Annual report of the Central Committee of the Association together with the report of the directors of the Pasteur Institute at Kasauli
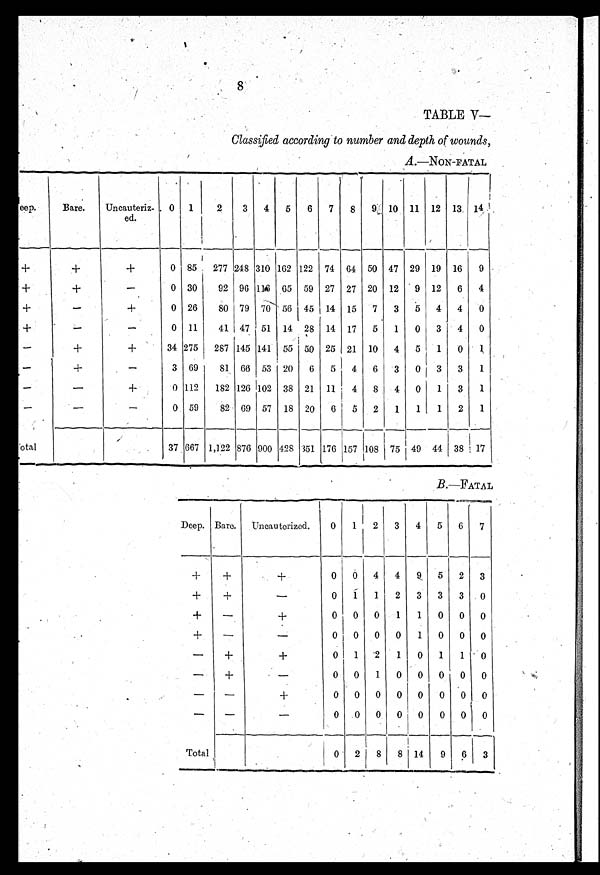
8
TABLE V
Classified according to number and depth of wounds,
A .—NON-FATAL
Deep.
Bare.
Uncauteriz
ed.
0
1
2
3
4
5
6
7
8
9 10 11 12 13 14
+
+
+
0 85
277 248
310
162 122 74 64 50 47 29 19 16
9
+
+
-
0 30
92 96 116 65 59 27 27 20 12
9 12
6
4
+
-
+
0 26
80 79 70 56 45 14 15
7
3
5
4
4
0
+
-
-
0 11
41 47 51 14 28 14 17
5
1
0
3
4
0
-
+
+
34 275 287 145 141 55 50 25 21 10
4
5
1
0
1
-
+
-
3 69
81 66 53 20
6
5
4
6
3
0
3
3
1
-
-
+
0 112
182 126 102 38 21 11
4
8
4
0
1
3
1
-
-
-
0 59
82 69 57 18 20
6
5
2
1
1
1
2
1
Total
37 667 1,122 876 900 428 351 176 157 108 75 49 44 38 17
B .—FATAL
Deep. Bare.
Uncauterized.
0
1 2
3
4
5
6
7
+
+
+
0
0
4
4
9
5
2
3
+
+
-
0
1 1
2
3
3
3
0
+
-
+
0
0
0
1
1
0
0
0
+
-
-
0
0 0
0
1
0
0
0
-
+
+
0 1
2
1
0
1
1
0
-
+
-
0
0
1
0
0 0
0
0
-
-
+
0
0
0
0
0
0 0
0
-
-
-
0
0
0
0
0
0 0
0
Total
0
2
8
8 14
9
6
3